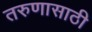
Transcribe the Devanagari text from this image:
तरुणासाठी